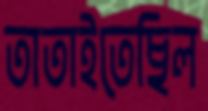
তাতাইতেছিল